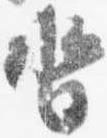
沓